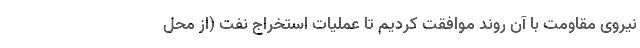
نیروی مقاومت با آن روند موافقت کردیم تا عملیات استخراج نفت (از محل